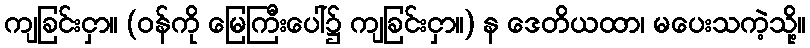
ကျခြင်းငှာ။ (ဝန်ကို မြေကြီးပေါ်၌ ကျခြင်းငှာ။) န ဒေတိယထာ၊ မပေးသကဲ့သို့။